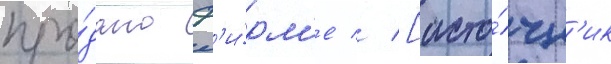
про́дано ф'и́рм'е // [исто́чн'ик